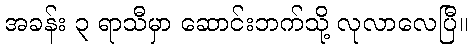
အခန်း ၃ ရာသီမှာ ဆောင်းဘက်သို့ လုလာလေပြီ။